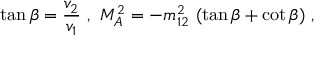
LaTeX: \tan \beta = \frac { v _ { 2 } } { v _ { 1 } } \ , \ M _ { A } ^ { 2 } = - m _ { 1 2 } ^ { 2 } \ ( \tan \beta + \cot \beta ) \ ,